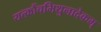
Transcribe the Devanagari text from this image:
यत्क्रौंचमिथुनादेकम्